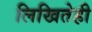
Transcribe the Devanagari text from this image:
लिखितेही